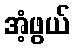
အံ့ဖွယ်